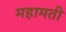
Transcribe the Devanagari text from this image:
महामती